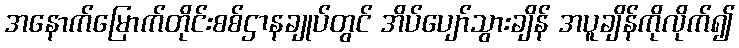
အနောက်မြောက်တိုင်းစစ်ဌာနချုပ်တွင် အိပ်ပျော်သွားချိန် အပူချိန်ကိုလိုက်၍